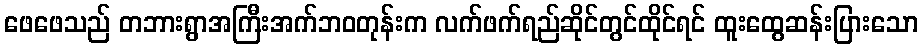
ဖေဖေသည် တဘားရွာအကြီးအက်ဘဝတုန်းက လက်ဖက်ရည်ဆိုင်တွင်ထိုင်ရင် ထူးထွေဆန်းပြားသော